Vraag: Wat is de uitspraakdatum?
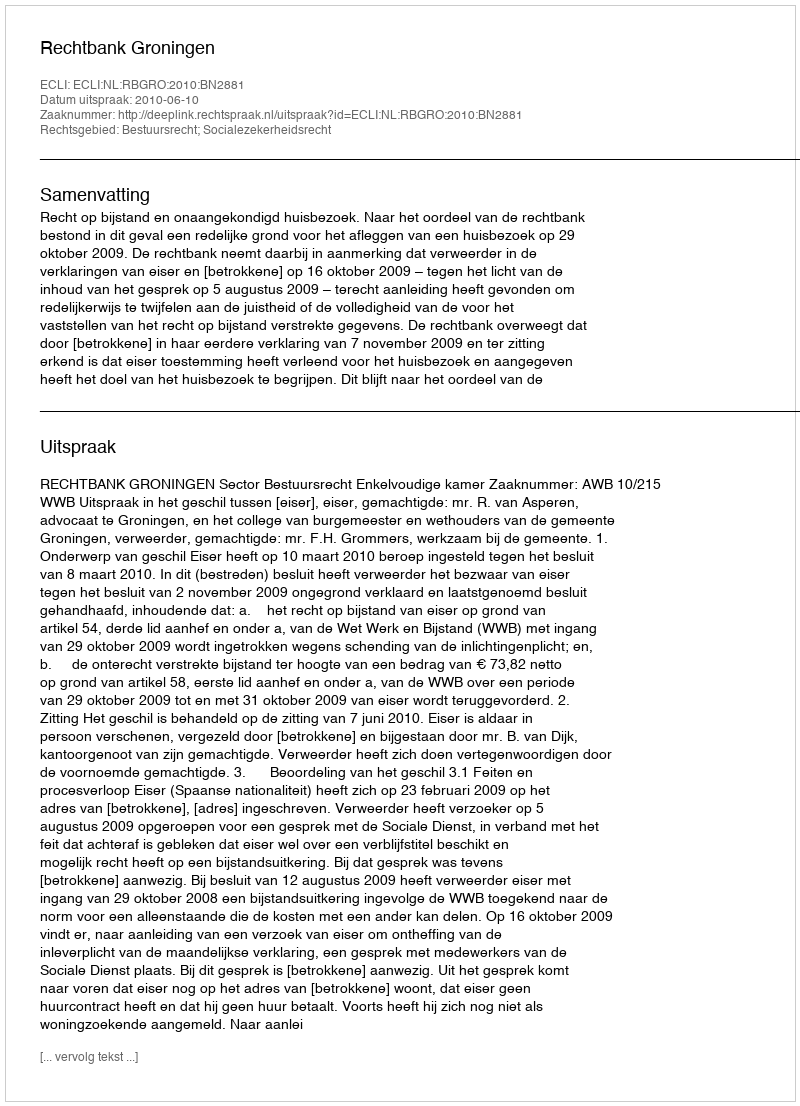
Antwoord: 2010-06-10